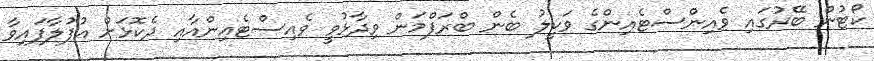
ކޯޓުން ބޭރުގައި ވެއިންސްޓެއިންގެ ވަކީލު ބެން ބްރަފްމަން ވިދާޅުވީ ވެއިސްޓެއިންއާއި ދެކޮޅަށް އުފުލާފައިވާ